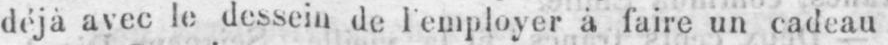
déjà avec le dessein de l’employer à faire un cadeau